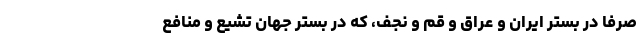
صرفا در بستر ایران و عراق و قم و نجف، که در بستر جهان تشیع و منافع